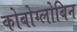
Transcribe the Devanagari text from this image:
कोबोग्लोबिन